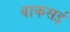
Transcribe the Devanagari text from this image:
वाकसई